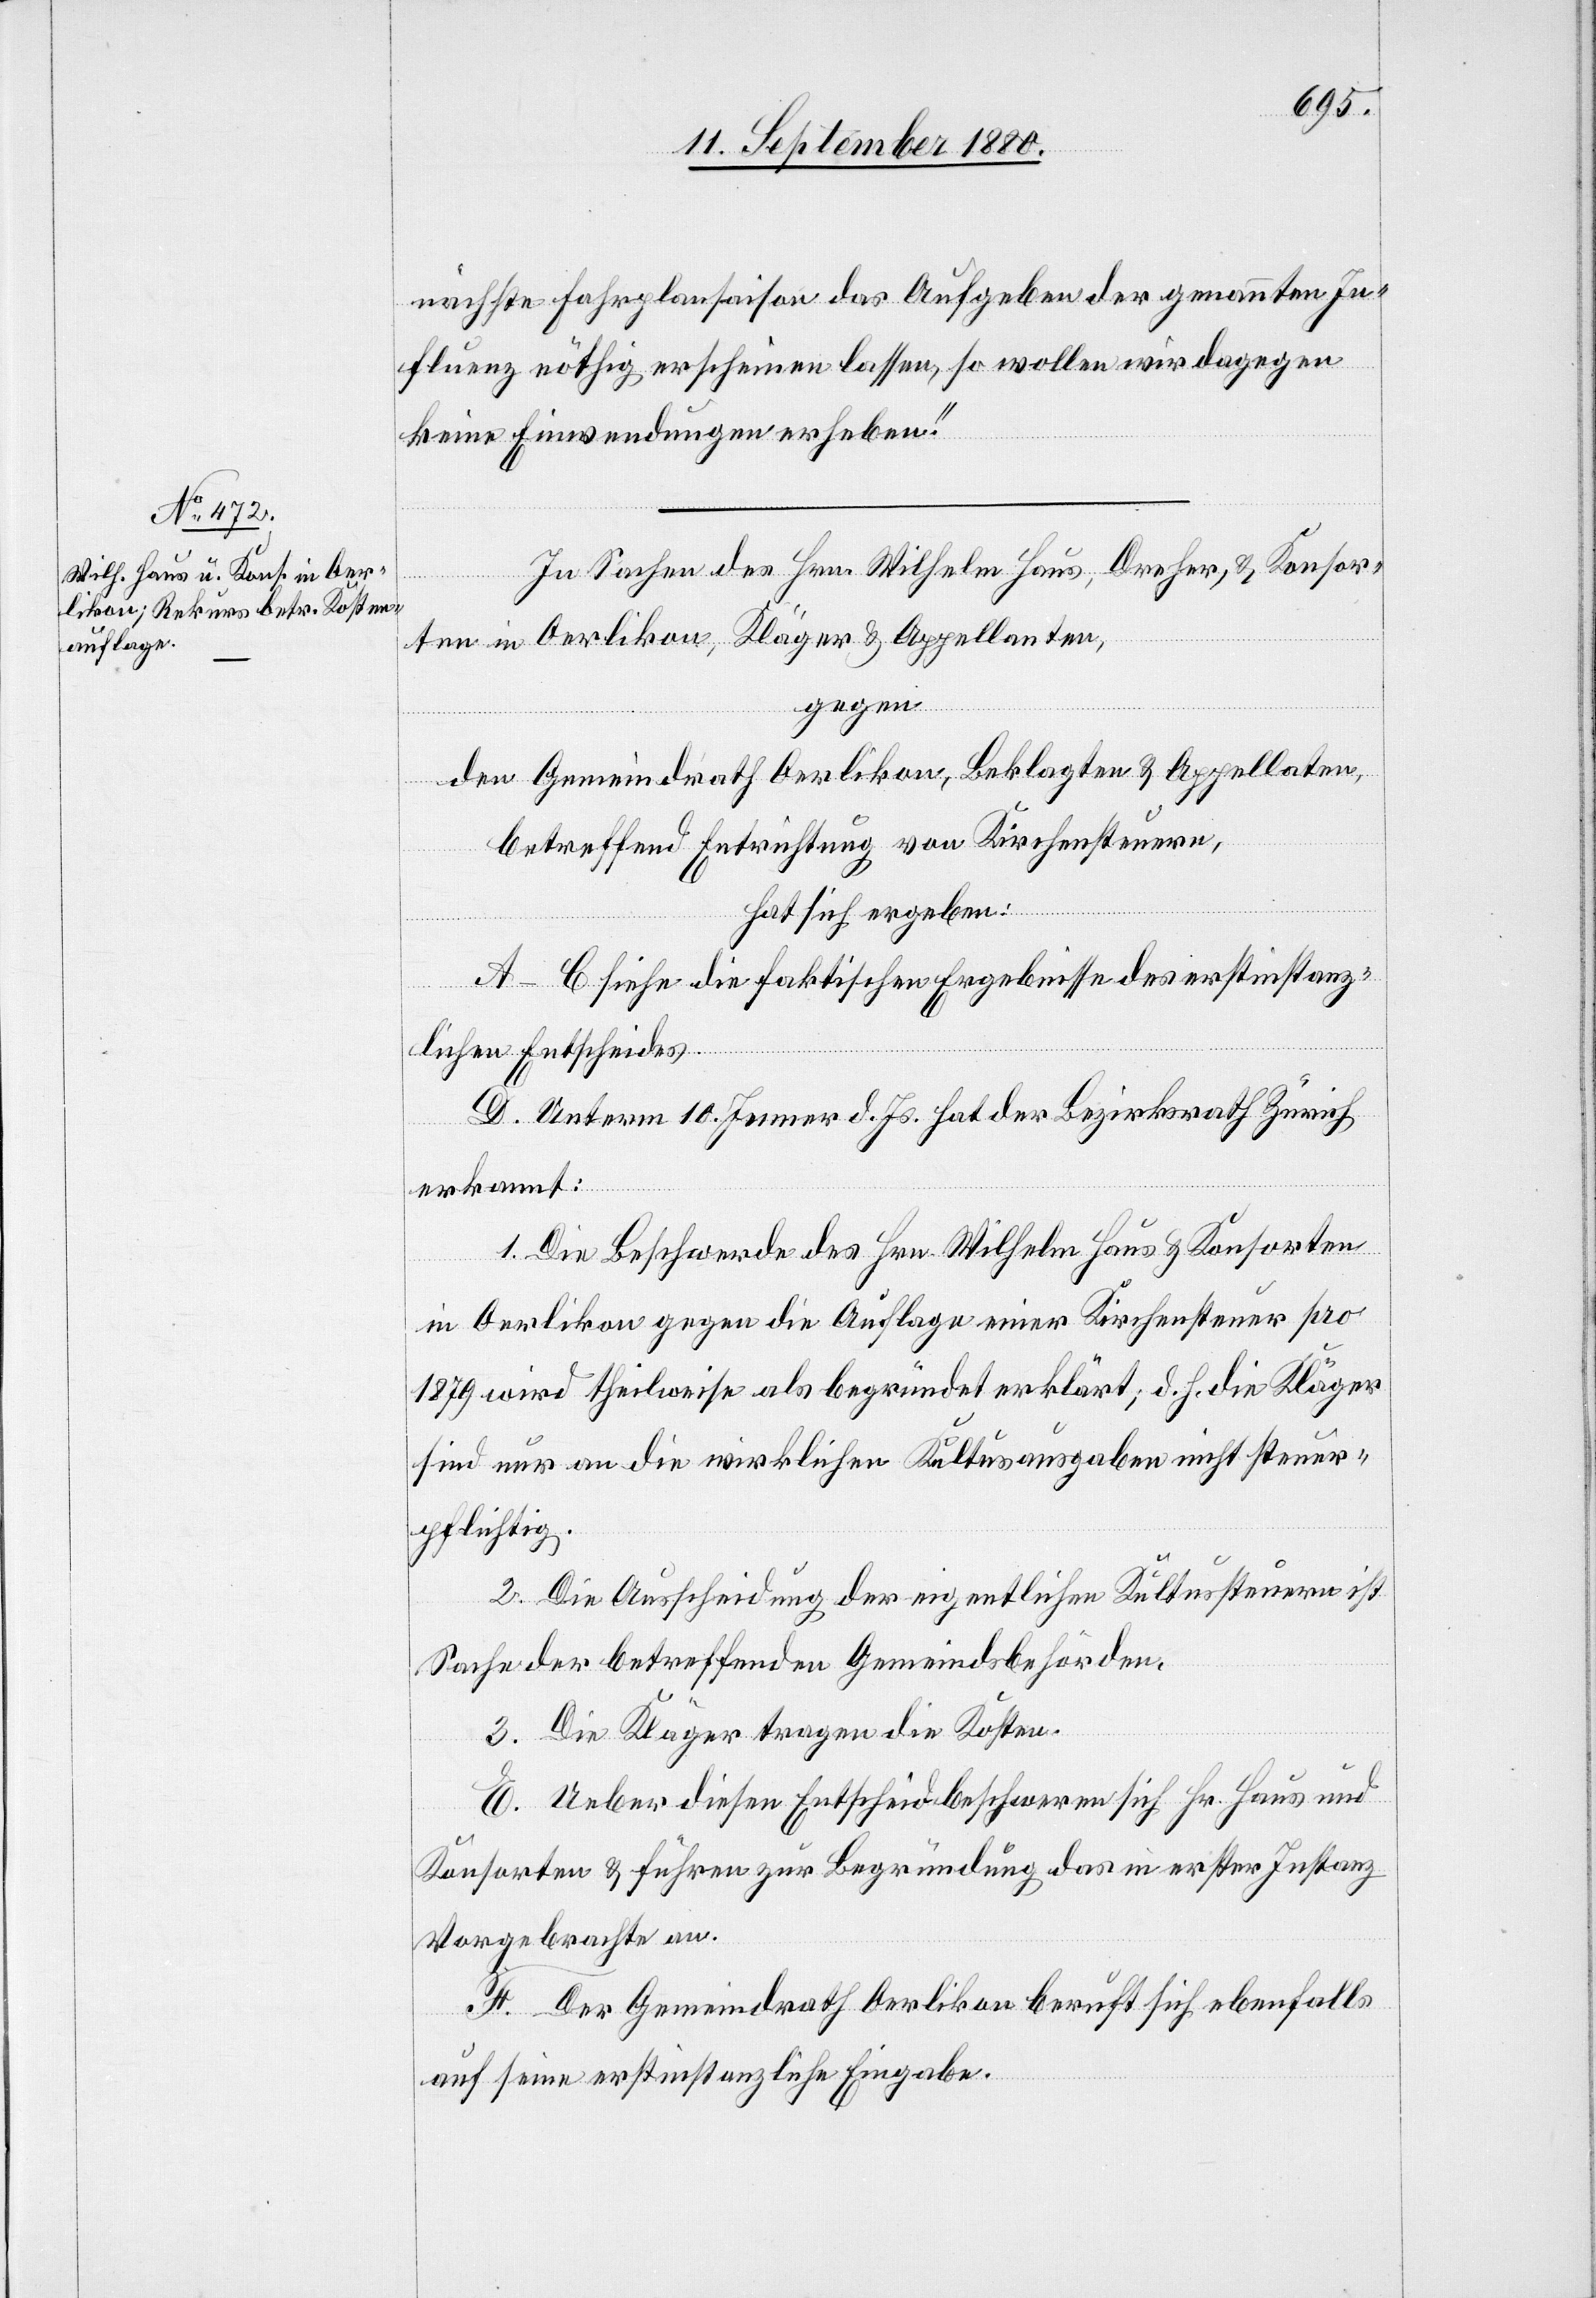
nächste Fahrplansaison das Aufgeben der genannten In¬
fluenz nöthig erscheinen lassen, so wollen wir dagegen
keine Einwendungen erheben.“
In Sachen des Hrn. Wilhelm Haus, Dreher, & Konsor¬
te in Oerlikon, Kläger & Appellanten,
gegen
den Gemeindrath Oerlikon, Beklagten & Appellanten,
betreffend Entrichtung von Kirchensteuern,
hat sich ergeben:
A–C. siehe die faktischen Ergebnisse des erstinstanz¬
lichen Entscheides.
D. Unterm 10. Jenner d. Js. hat der Bezirksrath Zürich
erkannt:
1. Die Beschwerde des Hrn. Wilhelm Haus & Konsorten
in Oerlikon gegen die Auflage einer Kirchensteuer pro
1879 wird theilweise als begründet erklärt; d. h. die Kläger
sind nur an die wirklichen Kultusausgaben nicht steuer¬
pflichtig.
2. Die Ausscheidung der eigentlichen Kultussteuern ist
Sache der betreffenden Gemeindsbehörden.
3. Die Kläger tragen die Kosten.
E. Ueber diesen Entscheid beschweren sich Hr. Haus und
Konsorten & führen zur Begründung das in erster Instanz
Vorgebrachte an.
F. Der Gemeindrath Oerlikon beruft sich ebenfalls
auf seine erstinstanzliche Eingabe.